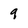
Character: 9